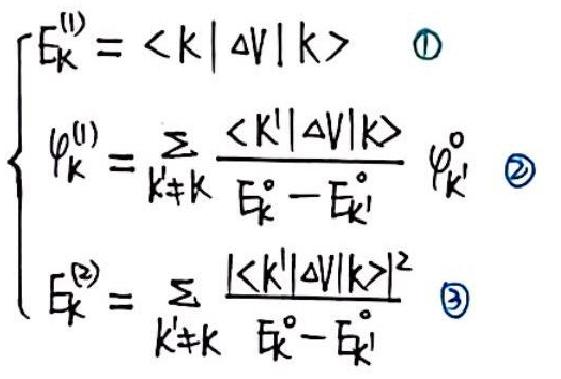
\[
\begin{cases}
E_{k}^{(1)} = \langle k | \Delta V | k \rangle & \textcircled{1} \\
\varphi_{k}^{(1)} = \sum_{k' \neq k} \frac{\langle k' | \Delta V | k \rangle}{E_{k}^{0} - E_{k'}^{0}} \varphi_{k'}^{0} & \textcircled{2} \\
E_{k}^{(2)} = \sum_{k' \neq k} \frac{|\langle k' | \Delta V | k \rangle|^{2}}{E_{k}^{0} - E_{k'}^{0}} & \textcircled{3}
\end{cases}
\]